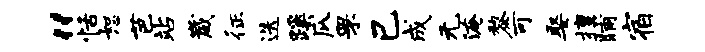
“恬恕芭站崴征迭蹊瓜罘己成无淹黎可娶擅晡宿